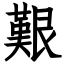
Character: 艱